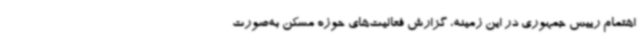
اهتمام رییس جمهوری در این زمینه، گزارش فعالیت‌های حوزه مسکن به‌صورت